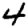
Digit: 4